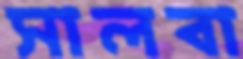
সালবা